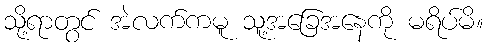
သို့ရာတွင် အဲလက်ကမူ သူ့အခြေအနေကို မရိပ်မိ။